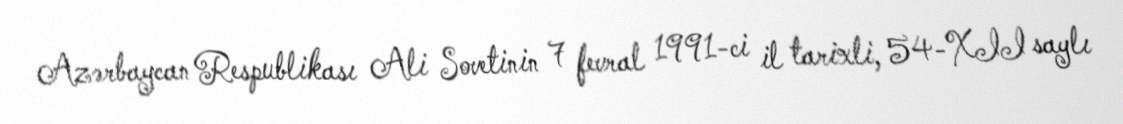
Azərbaycan Respublikası Ali Sovetinin 7 fevral 1991-ci il tarixli, 54-XII saylı